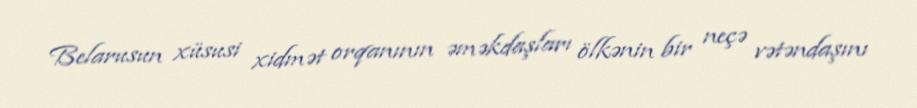
Belarusun xüsusi xidmət orqanının əməkdaşları ölkənin bir neçə vətəndaşını